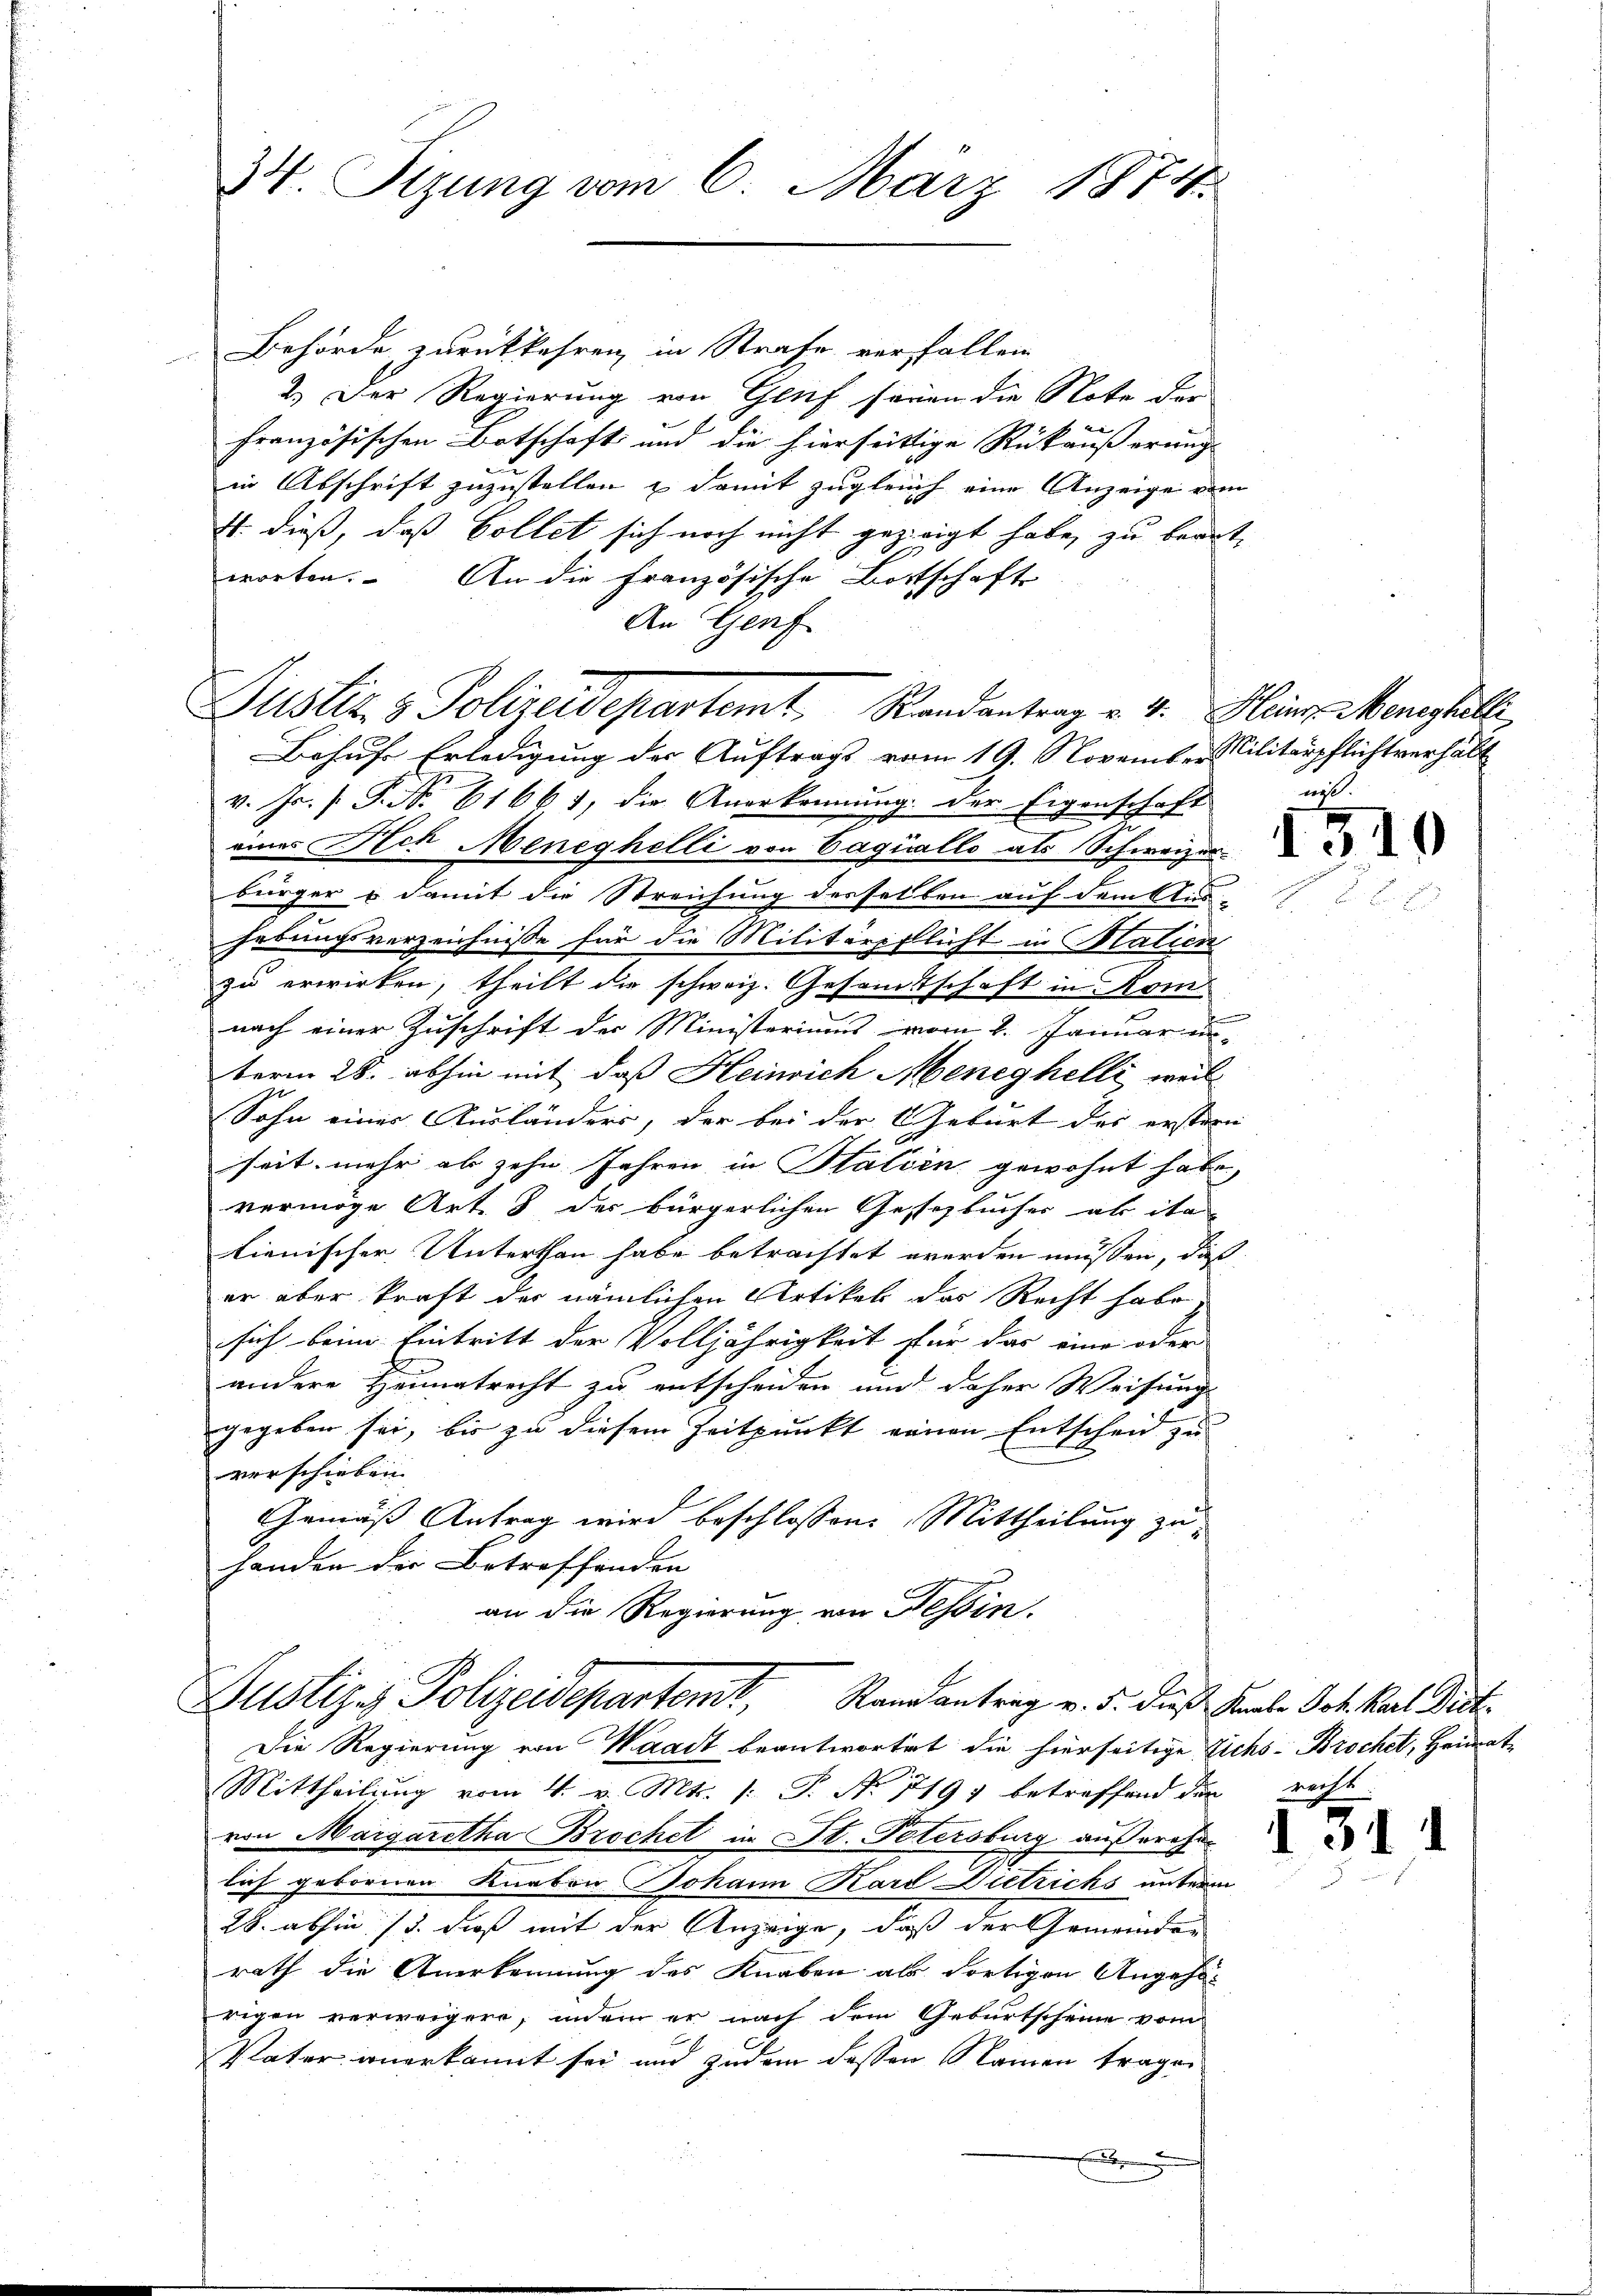
34. Tizung vom 6. März 1874.

Behörde zurückkehren, in Strafe verfallen
2.) Der Regierung von Genf seien die Note der
französischen Botschaft und die hierseitige Rückäußerung
in Abschrift zuzustellen & damit zugleich eine Anzeige vom
4. dieß, daß Collet sich noch nicht gezeigt habe, zu beantworten. An die Französische Bottschaft
An Genf

Justiz & Polizeidepartemt. Randantrag v. 4. Heiner Meneghilli
Behufe Erledigung der Auftrags vom 19. November Militärpflichtverhält

v. Js. [ P. Nr. 61661, die Anerkennung. Der Eigenschaft
eines Ach Meneghelli von Caquallo als Schweizer-
bürger & damit die Streichung desselben auf dem Aus-
hebungsverzeichnisse für die Militärpflicht in Malien
zu erwirken, theilt die schweiz. Gesamtschaft in Kom
nach einer Zuschrift der Ministeriums vom 2. Januariu
term 28. abhin mit daß Heinrich Meneghelli, weil
Sohn eines Ausländers, der bei der Geburt des erstern
seit mehr ab zehn Jahren in Italien gewohnt habe,
vermöge Art. 8 der bürgerlichen Gessezbucher ab ita
lienischer Unterthan habe betrachtet werden müssen, daß
er aber kraft der nämlichen Artikel das Recht habe,
sich beim Eintritt der Volljährigkeit für das eine oder
andere Heimatrecht zu entscheiden und daher Weisung
gegeben sei, bis zu diesem Zeitpunkt einen Entscheid zu
verschieben.
Gemäß Antrag wird beschlossene Mittheilung zuhanden der Betreffenden
an die Regierung von Tessin.

Publizis Polizeidepartemt, Randantrag v. 5. dieß Saale Oct. Karl Dict.
Die Regierung von Waadt beantwortet die hierseitige Eichs- Brochet, Heimat-

u
Mittheilŭng vom 4. v. Mts. 1. P. Nr. 119) betreffend der recht
von Margaretha Brochet in St. Petersburg außerehe-
lich gebornen Knaben Johann Kard Dietrichs unterm
28. abhin 15. dieß mit der Anzeige, daß der Gemeinder
rath die Anerkennung des Knaben als dortigen Angehö-
rigen verweigere, indem er nach dem Geburtscheine vom
Vater anerkannt sei und zudem dessen Namen tragen
E

not.

1510

1. 311